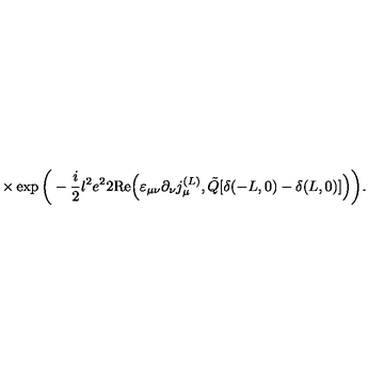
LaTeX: \times \exp \bigg ( - \frac { i } { 2 } l ^ { 2 } e ^ { 2 } 2 \mathrm { R e } \Big ( \varepsilon _ { \mu \nu } \partial _ { \nu } j _ { \mu } ^ { ( L ) } , \tilde { Q } [ \delta ( - L , 0 ) - \delta ( L , 0 ) ] \Big ) \bigg ) .